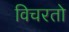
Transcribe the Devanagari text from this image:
विचरतो